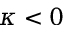
\kappa < 0